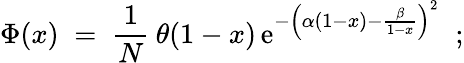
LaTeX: \Phi({x})\; =\; \frac{1}{N}\: \theta(1-{x})\, \mathrm{e}^{-\left(\alpha(1-{x})-\frac{\beta}{1-{x}}\right)^{2}}\; \; ;